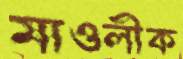
মাওলীক